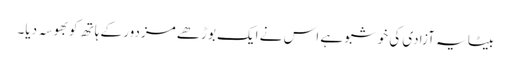
بیٹا یہ آزادی کی خوشبو ہے اس نے ایک بوڑھے مزدور کے ہاتھ کو بھوسہ دیا۔